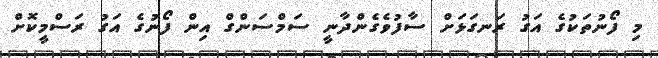
މި ފޯނުތަކުގެ އަގު ރަނގަޅަށް ސާފުވެގެންދާނީ ސަމްސަންގް އިން ފޯނުގެ އަގު ރަސްމީކޮށް